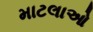
માટલાઓ